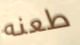
طعنه